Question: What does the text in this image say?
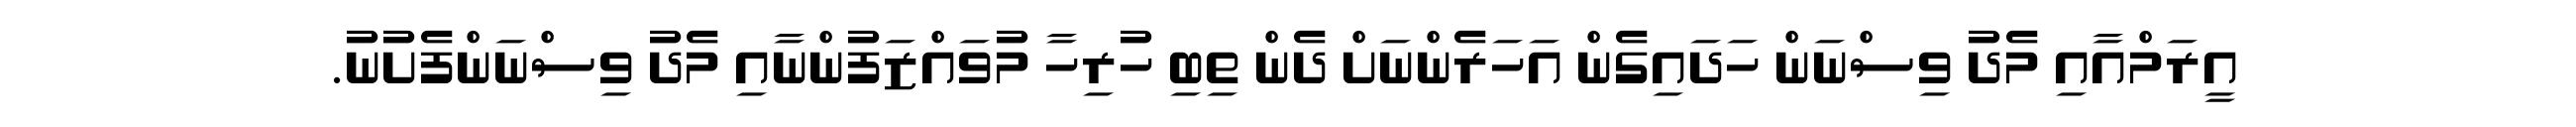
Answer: އީރަމްއާއި މެދު ވިސްނަން ހަދައިގެން އަހަރެންނަށް ދެން ތިބި ހުރިހާ މުވައްޒަފުންނާއި މެދު ވިސްނަންފެށުނު.